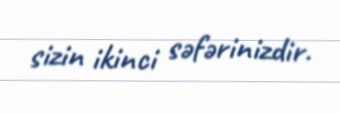
sizin ikinci səfərinizdir.